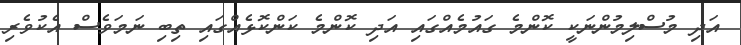
އަދި މުސްލިމުންނަކީ ކޮންމެ ގައުމެއްގައި އަދި ކޮންމެ ކަންކޮޅެއްގައި ތިބި ނަމަވެސް އެކުވެރި